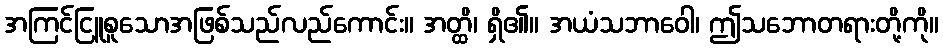
အကြင်ငြူစူသောအဖြစ်သည်လည်ကောင်း။ အတ္ထိ၊ ရှိ၏။ အယံသဘာဝေါ၊ ဤသဘောတရားတို့ကို။